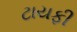
ટાયફી